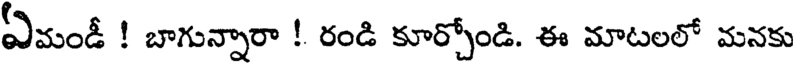
ఏమండీ ! బాగున్నారా ! రండి కూర్చోండి. ఈ మాటలలో మనకు